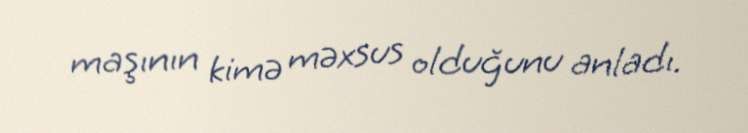
maşının kimə məxsus olduğunu anladı.